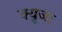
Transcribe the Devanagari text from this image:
क्युजा